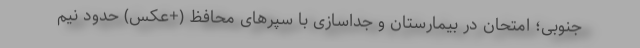
جنوبی؛ امتحان در بیمارستان و جداسازی با سپرهای محافظ (+عکس) حدود نیم